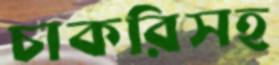
চাকরিসহ